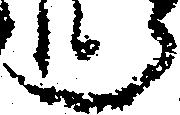
郎